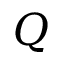
Q